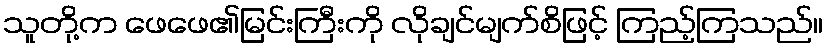
သူတို့က ဖေဖေ၏မြင်းကြီးကို လိုချင်မျက်စိဖြင့် ကြည့်ကြသည်။